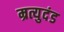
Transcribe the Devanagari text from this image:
म्रत्युदंड